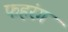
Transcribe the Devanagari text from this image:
फहरंग